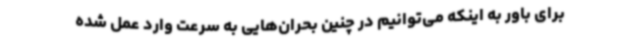
برای باور به اینکه می‌توانیم در چنین بحران‌هایی به سرعت وارد عمل شده